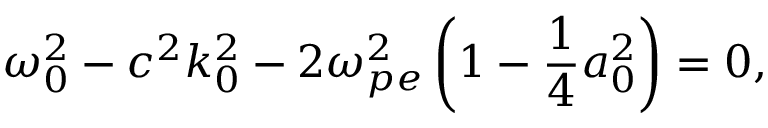
\omega _ { 0 } ^ { 2 } - c ^ { 2 } k _ { 0 } ^ { 2 } - 2 \omega _ { p e } ^ { 2 } \left( 1 - \frac { 1 } { 4 } a _ { 0 } ^ { 2 } \right) = 0 ,